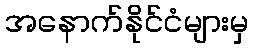
အနောက်နိုင်ငံများမှ